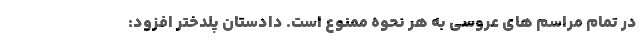
در تمام مراسم های عروسی به هر نحوه ممنوع است. دادستان پلدختر افزود: